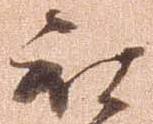
被